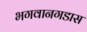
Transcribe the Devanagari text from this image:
भगवानगडास